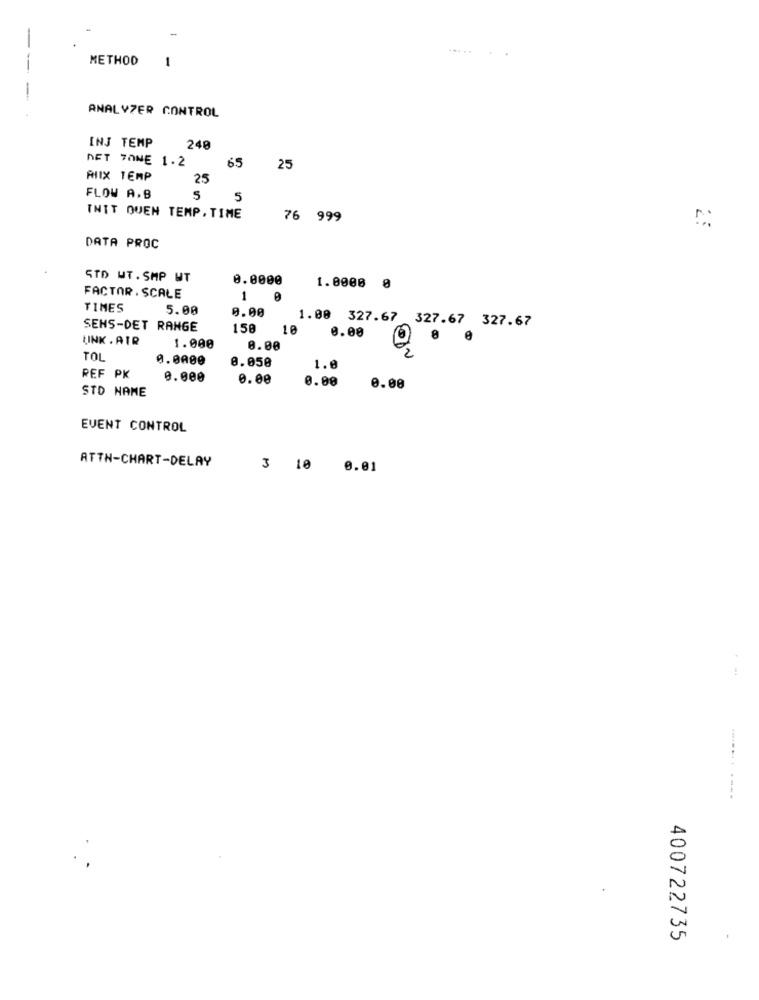
-
METHOD
1
-
-
ANALYZER CONTROL
INJ TEMP
240
DET TONE 1.2
65
25
ALIX TEMP
25
FLOW A,B
5
INIT QUEN TEMP. TIME
76 999
DATA PROC
STD MT. SMP WT
0.0000
1.0000 0
FACTOR . SCALE
1
TIMES
5.00
0.00
SENS-DET RANGE
158
1.00 327.67 327.67 327.67
LINK . AIR
0.00
1.000
0.00
TOL
0.0000
0.050
1.8
REF PK
0.000
0.00
0.00
STD NAME
0.00
EVENT CONTROL
ATTN-CHART-DELAY
3 10 0.01
.:
400722735